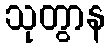
သုတွာန